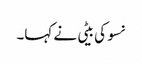
نسو کی بیٹی نے کہا۔